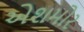
એશમોર